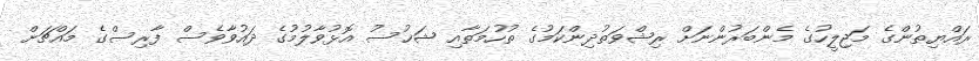
ރައްޔިތުންގެ މަޖިލީހުގެ މެންބަރުންނަށް ރިޝްވަތުދިންކަމުގެ ތުހުމަތާއި ޝަޚުސު އޮޅުވާލުމުގެ ދައުވާވެސް ފާރިސްގެ މައްޗަށް